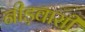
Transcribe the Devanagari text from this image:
नीड़वासी